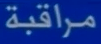
مراقبة